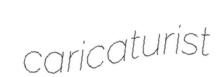
caricaturist